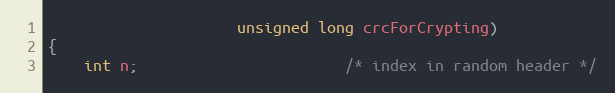
Language: C
                     unsigned long crcForCrypting)
{
    int n;                       /* index in random header */